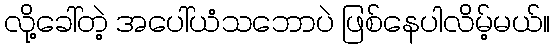
လို့ခေါ်တဲ့ အပေါ်ယံသဘောပဲ ဖြစ်နေပါလိမ့်မယ်။